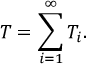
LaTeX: T = \sum _ { i = 1 } ^ { \infty } T _ { i } .